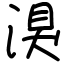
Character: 湨